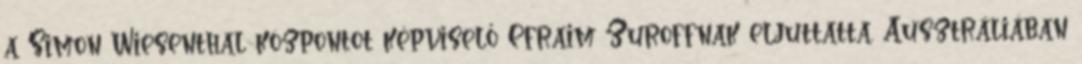
a Simon Wiesenthal központot képviselő Efraim Zuroffnak eljuttatta. Ausztráliában